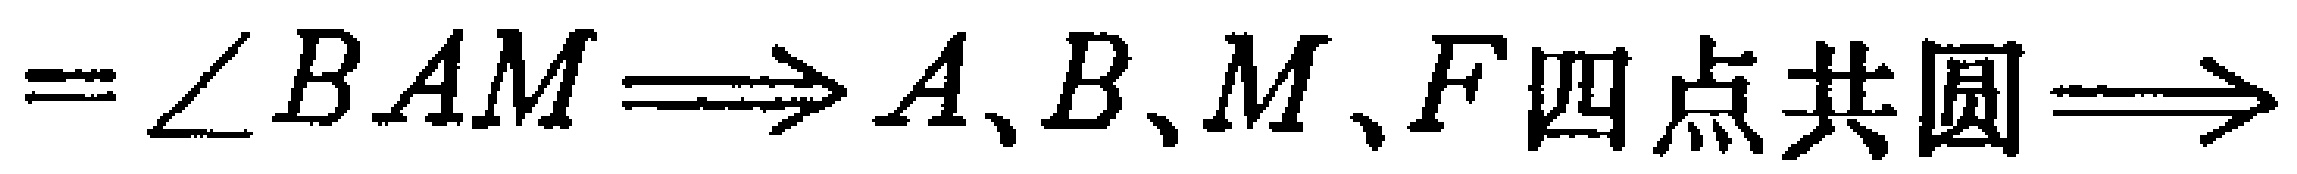
$=\angle BAM\Longrightarrow A、B、M、F四点共圆\Longrightarrow$